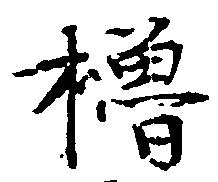
櫓